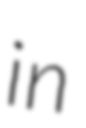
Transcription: in